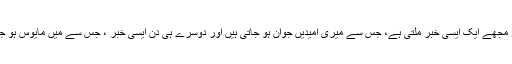
ہر روز مجھے ایک ایسی خبر ملتی ہے، جس سے میری امیدیں جوان ہو جاتی ہیں اور دوسرے ہی دن ایسی خبر ، جس سے میں مایوس ہو جاتا ہوں۔